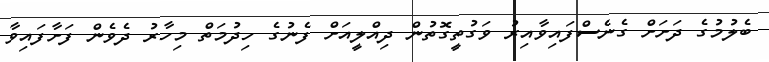
ބެލުމުގެ ދަށަށް ގެނެސްފައިވާއިރު ވަގުތީގޮތުން ދިއްލީއަށް ފެނުގެ ހިދުމަތް މިހާރު ދެވެން ފަށާފައިވާ